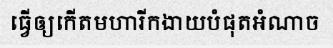
ធ្វើឲ្យកើតមហារីកងាយបំផុតអំណាច